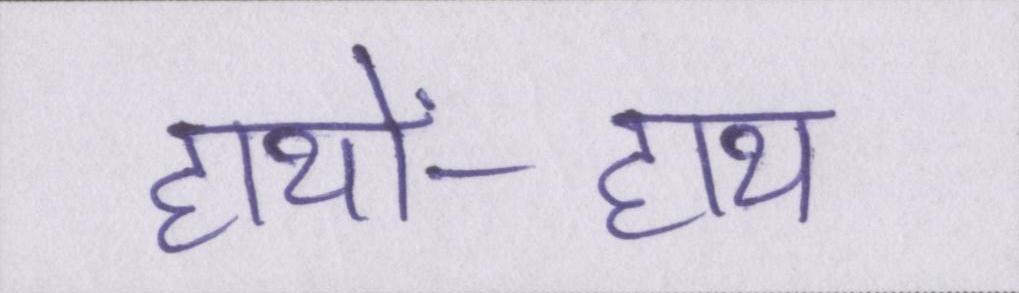
हाथों-हाथ